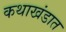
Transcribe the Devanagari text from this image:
कथाखंडात